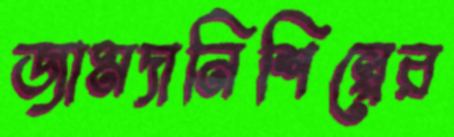
জামদানিশিল্পের